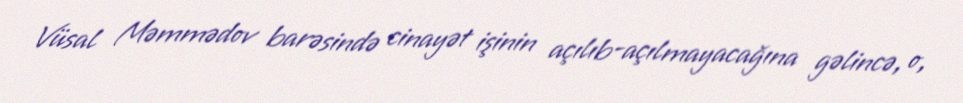
Vüsal Məmmədov barəsində cinayət işinin açılıb-açılmayacağına gəlincə, o,